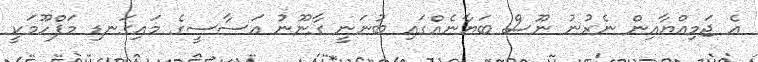
އެ ޖަމިއްޔާއިން ނެރުނު ނޫސް ބަޔާނެއްގައި ބުނަނީ ގާނޫނު އަސާސީގެ މައިގަނޑި މަފްހޫމަކީ